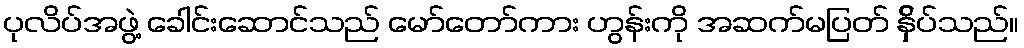
ပုလိပ်အဖွဲ့ ခေါင်းဆောင်သည် မော်တော်ကား ဟွန်းကို အဆက်မပြတ် န်ှိပ်သည်။